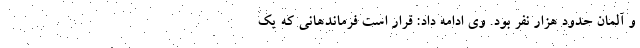
و آلمان حدود هزار نفر بود. وی ادامه داد: قرار است فرماندهانی که یک